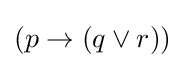
(p\to (q\lor r))